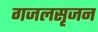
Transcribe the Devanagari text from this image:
गजलसृजन